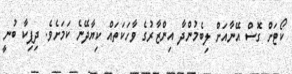
ކޯޓަށް ގޮސް އޭނާއަށް ލިބެމުންދާ އިންޒާރުގެ ވާހަކަތައް ކިޔާދޭނެ ކަމަށެވެ. ދިޕިކާ ބުނީ